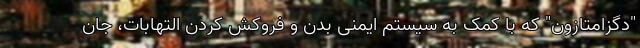
"دگزامتازون" که با کمک به سیستم ایمنی بدن و فروکش کردن التهابات، جان